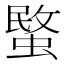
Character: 𮔧